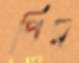
পির